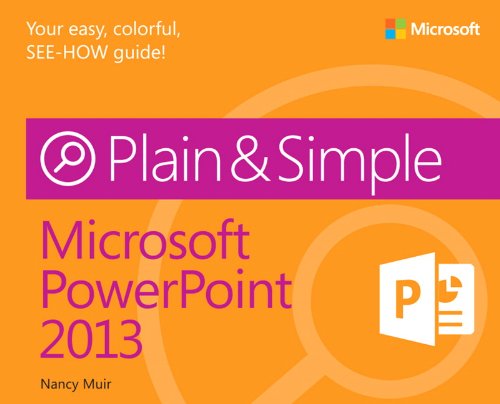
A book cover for Microsoft PowerPoint 2013 Plain & Simple; Nancy Muir; Computers & Technology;